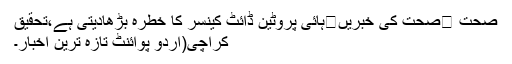
صحت ⬅صحت کی خبریں⬅ہائی پروٹین ڈائٹ کینسر کا خطرہ بڑھادیتی ہے،تحقیق
کراچی(اُردو پوائنٹ تازہ ترین اخبار۔